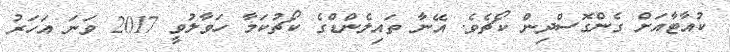
ކުއާޓާއަށް ގެންގޮސްދިން ކޯޗެވެ. އޭނާ ތައިލެންޑްގެ ކޯޗުކަމާ ހަވާލުވީ 2017 ވަނަ އަހަރު